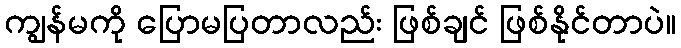
ကျွန်မကို ပြောမပြတာလည်း ဖြစ်ချင် ဖြစ်နိုင်တာပဲ။